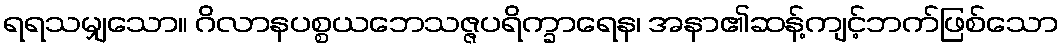
ရရသမျှသော။ ဂိလာနပစ္စယဘေသဇ္ဇပရိက္ခာရေန၊ အနာ၏ဆန့်ကျင့်ဘက်ဖြစ်သော